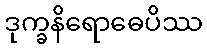
ဒုက္ခနိရောဓေပိဿ